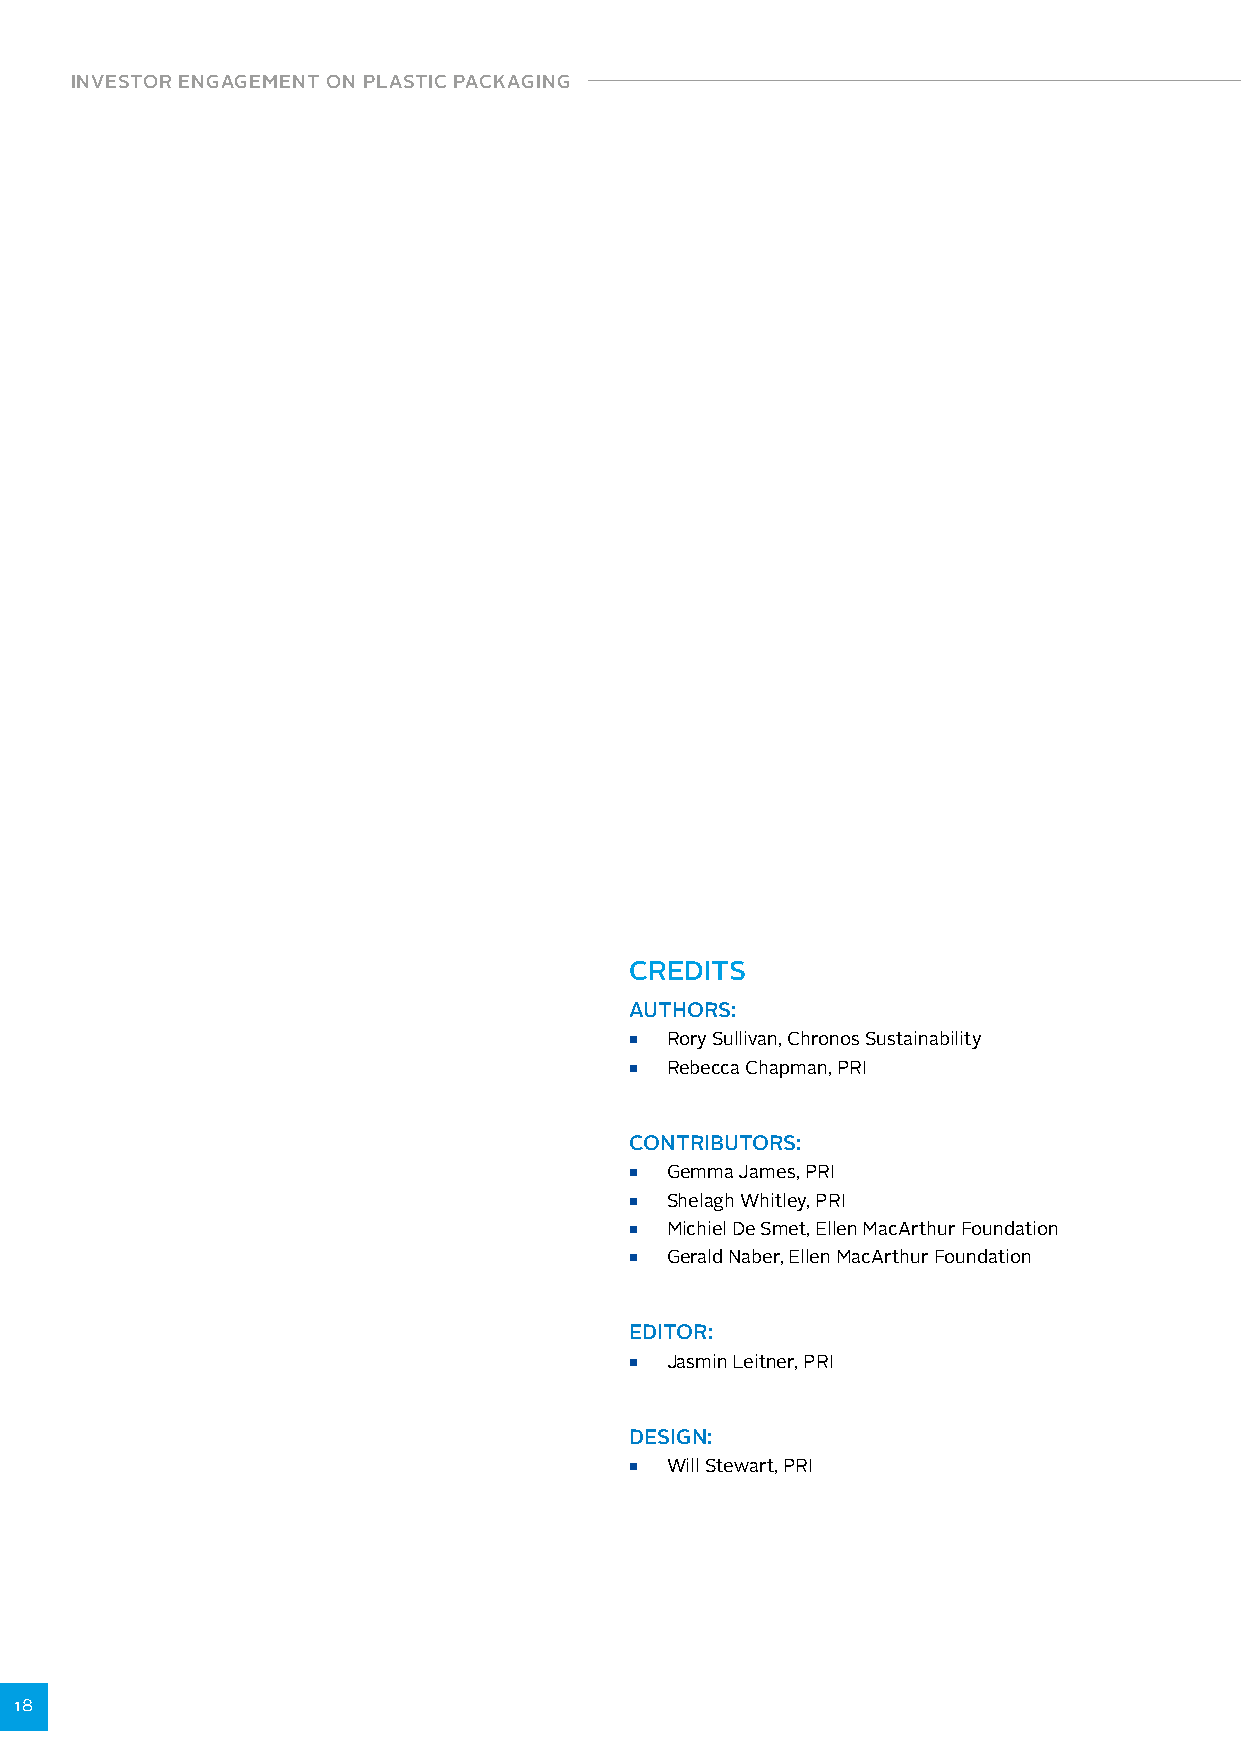
INVESTOR ENGAGEMENT ON PLASTIC PACKAGING
 CREDITS
 AUTHORS:
 ■ Rory Sullivan, Chronos Sustainability
 ■ Rebecca Chapman, PRI
 CONTRIBUTORS:
 ■ Gemma James, PRI
 ■ Shelagh Whitley, PRI
 ■ Michiel De Smet, Ellen MacArthur Foundation
 ■ Gerald Naber, Ellen MacArthur Foundation
 EDITOR:
 ■ Jasmin Leitner, PRI
 DESIGN:
 ■ Will Stewart, PRI
 18